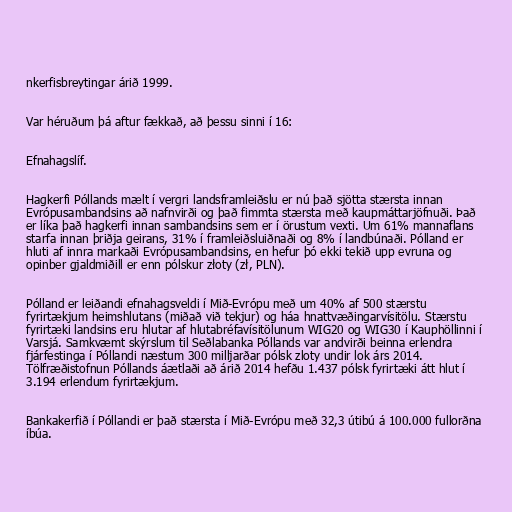
nkerfisbreytingar árið 1999.

Var héruðum þá aftur fækkað, að þessu sinni í 16:

Efnahagslíf.

Hagkerfi Póllands mælt í vergri landsframleiðslu er nú það sjötta stærsta innan
Evrópusambandsins að nafnvirði og það fimmta stærsta með kaupmáttarjöfnuði. Það
er líka það hagkerfi innan sambandsins sem er í örustum vexti. Um 61% mannaflans
starfa innan þriðja geirans, 31% í framleiðsluiðnaði og 8% í landbúnaði. Pólland er
hluti af innra markaði Evrópusambandsins, en hefur þó ekki tekið upp evruna og
opinber gjaldmiðill er enn pólskur złoty (zł, PLN).

Pólland er leiðandi efnahagsveldi í Mið-Evrópu með um 40% af 500 stærstu
fyrirtækjum heimshlutans (miðað við tekjur) og háa hnattvæðingarvísitölu. Stærstu
fyrirtæki landsins eru hlutar af hlutabréfavísitölunum WIG20 og WIG30 í Kauphöllinni í
Varsjá. Samkvæmt skýrslum til Seðlabanka Póllands var andvirði beinna erlendra
fjárfestinga í Póllandi næstum 300 milljarðar pólsk zloty undir lok árs 2014.
Tölfræðistofnun Póllands áætlaði að árið 2014 hefðu 1.437 pólsk fyrirtæki átt hlut í
3.194 erlendum fyrirtækjum.

Bankakerfið í Póllandi er það stærsta í Mið-Evrópu með 32,3 útibú á 100.000 fullorðna
íbúa.